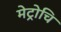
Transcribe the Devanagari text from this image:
मेट्रोचि